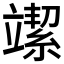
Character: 𥪲